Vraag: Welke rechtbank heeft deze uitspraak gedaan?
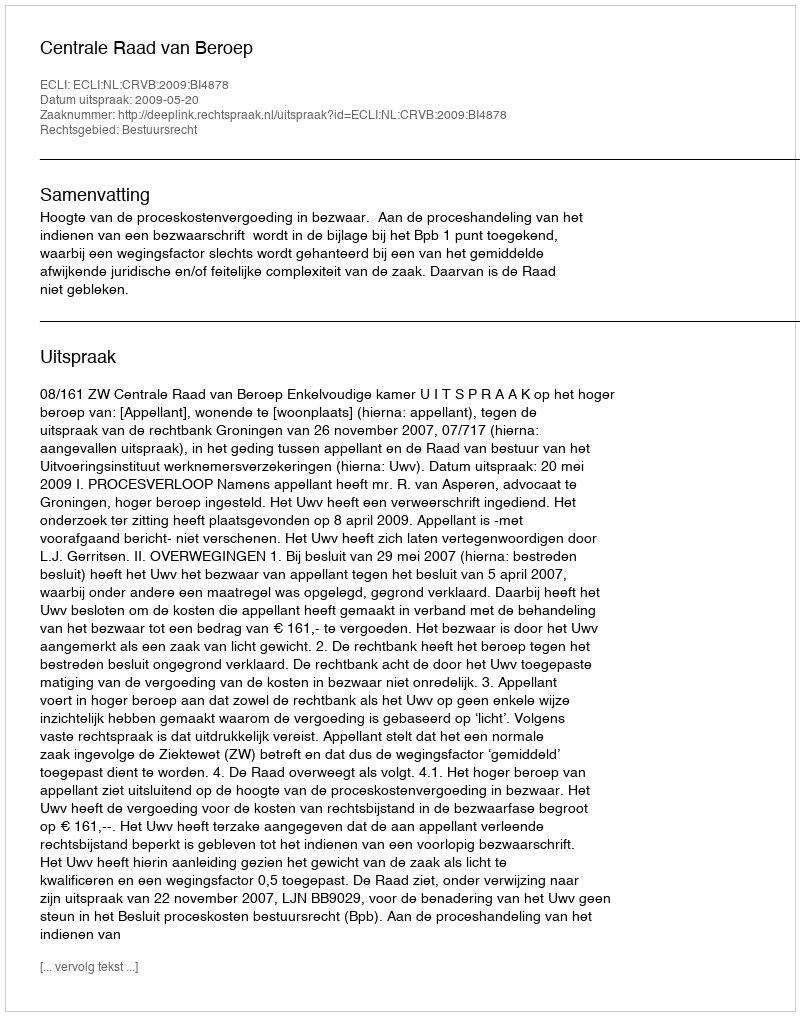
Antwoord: Centrale Raad van Beroep